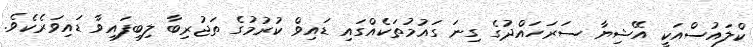
ކްލައުސްއަކީ އޭޝިޔާ ސަރަހައްދުގެ ގިނަ ގައުމުތަކެއްގައި ޑައިވް ކުރުމުގެ ތަޖުރިބާ ލިބިފައިވާ ޑައިވަރެކެވެ.